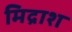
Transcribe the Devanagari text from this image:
मिद्राश